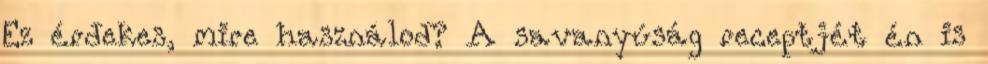
Ez érdekes, mire használod? A savanyúság receptjét én is